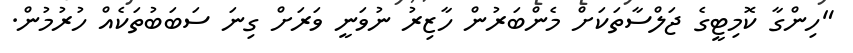
"ހިންގާ ކޮމިޓީގެ ޖަލްސާތަކަށް މެންބަރުން ހާޒިރު ނުވަނީ ވަރަށް ގިނަ ސަބަބުތަކެއް ހުރުމުން.